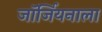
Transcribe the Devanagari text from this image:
जॉर्जियनाला